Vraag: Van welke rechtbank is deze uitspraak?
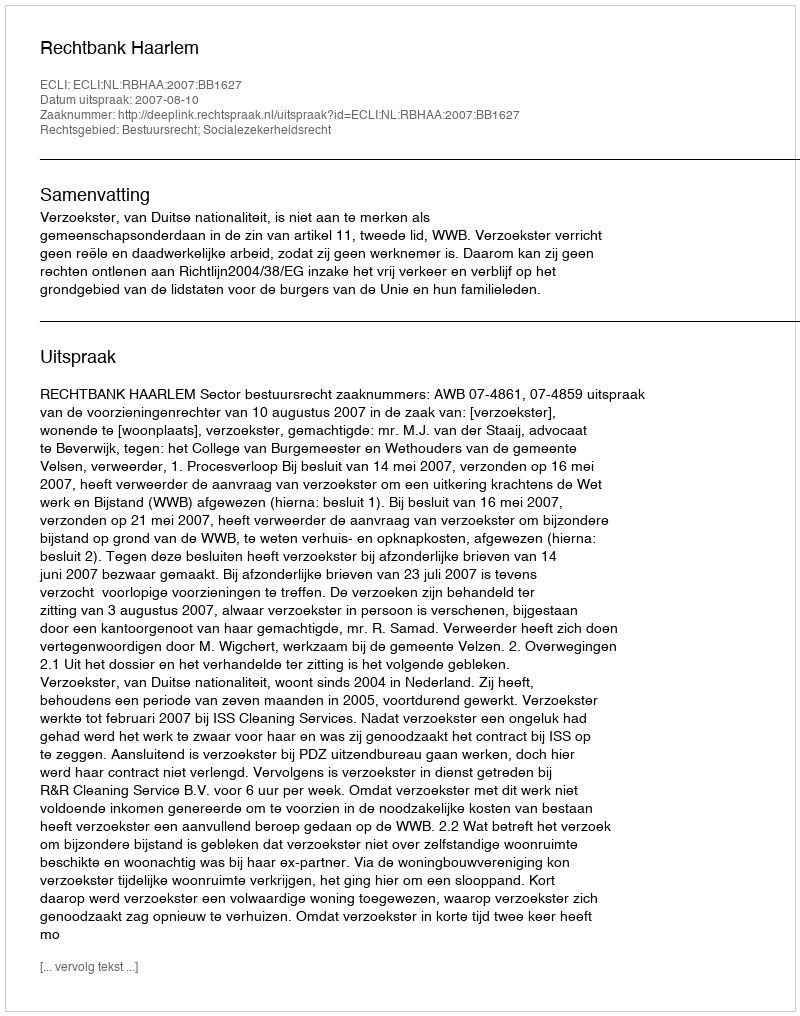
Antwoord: Rechtbank Haarlem